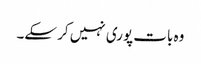
وہ بات پوری نہیں کر سکے۔